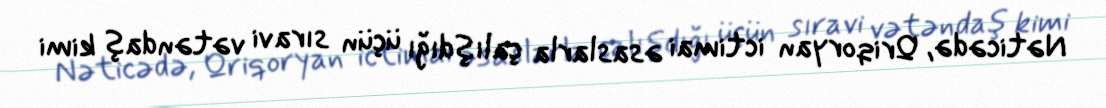
Nəticədə, Qriqoryan ictimai əsaslarla çalışdığı üçün sıravi vətəndaş kimi